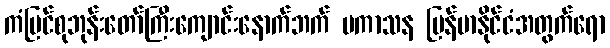
ကံပြင်စုဘုန်းတော်ကြီးကျောင်းနောက်ဘက် ပကာသန မြန်မာနိုင်ငံအတွက်ရော